Vaccination report Assam 1874-1896 - 1874-1896
Year: 1874
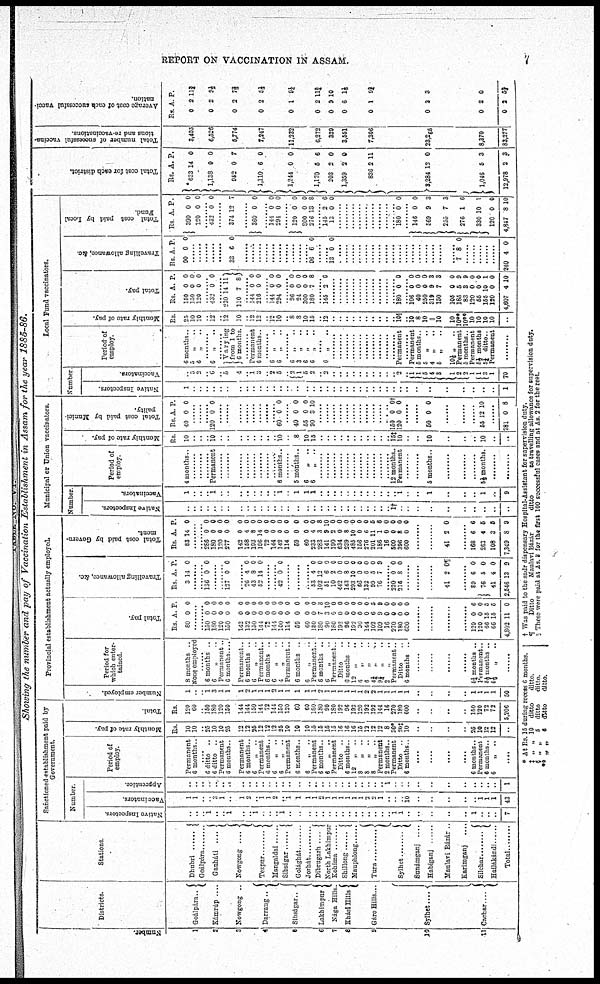
REPORT ON VACCINATION IN ASSAM.
7
Showing the number and pay of Vaccination Establishment in Assam for the year 1885-86.
Number.
1
2
3
4
5
6
7
8
9
10
11
Districts.
Goálpára..
Kámrúp ....
Kowgong ..
Darrang..
Sibságar..
Lakhimpur
Nága Hills.
Khási Hills
Gáro Hills....
Sylhet....
Cachar ...
Stations.
Dhubri ......
Goálpára
Gauháli
....
Nowgong ....
Tezpur ........
Mangaldai
Sibságar ........
Golághát ........
Jorhát
Dibrugarh
....
North Lakhimpur
Kohima
Shillong ......
Mauphlong
Tura ..........
Sylhet ........
Sunámganj ....
Habiganj
Maulavi Bázar .
Karimganj ....
Silchar ........
Hallákándi
Total ........
Sanctioned establishment paid by
Government.
Number.
Native Inspectors
..
..
.. 1
..
.. 1
..
.. 1
.. ..
.. 1
..
..
..
..
..
..
..
..
..
..
..
..
..
..
..
1 1
..
..
..
..
..
1
..
..
..
7
Vaccinators
1
1
..
.. 3 1
..
1
2
.. 1
1
2
.. 1
1
1
1
2
1
1
1
1
1
1
2
2
1
..
..
.. 10
..
..
..
..
.. 1
1
1
43
Apprentice.
..
..
..
..
..
..
..
..
..
..
..
..
..
..
..
..
..
..
..
..
..
..
..
..
..
..
.. .. 1
..
..
..
..
..
..
..
..
..
..
..
1
Period of
employ.
Permanent
6 months..
....
6 ditto ..
6 ditto ..
Permanent
6 months..
Permanent
6 months..
6
„ ..
Permanent
6 months..
6
„ ..
6
„ ..
Permanent
6 months..
6
„ ..
Permanent
6 months..
6 „ ..
Permanent
Ditto ..
6 months..
12 „ ..
8
„ ..
8
„ ..
8
„ ..
Permanent
2 months..
Permanent
Ditto ..
6 months..
....
....
....
....
6 months..
Permanent
6 months..
6
„ ..
....
Monthly rate of pay.
Rs.
10
10
..
25
10
10
25
12
12
25
12
12
12
25
10
10
10
15
15
15
15
16
16
16
15
12
12
12
8
30*
20‡
10
..
..
..
..
25
10
12
12
..
Total.
Rs
120
60
.. 150
180
120
150
144
141
150
144
72
144
150
120
60
60
180
180
90
180
192
96
192
120
192
192
144
16
270
180
600
..
..
..
..
150
120
72
72
5,206
Provincial establishment actually employed.
Number employed.
1
..
.. 1
3
1
1
1
2
1
1
1
2
1
1
1
1
1
2
1
1
1
1
1
1
2
2
1
1
1
1
1
..
..
..
..
1
1
1
1
50
Period for
which enter-
tained.
8 months ..
None employed
...... 6 months ..
6
„
..
Permanent..
6 months....
Permanent..
6 months ..
6
„ ..
Permanent..
6 months ..
6 „ ..
4 „ ..
Permanent..
6 months ..
6
Permanent .
6 months ..
6
„ ..
Permanent..
Ditto ..
6 months ..
12 „ ..
6
„ ..
6
„ ..
4¼ „ ..
9¼ „ ..
2
„
..
Permanent..
Ditto ..
6 months ..
........
........
........
......
5¼ months ..
Permanent..
5½ months ..
6½
„ ..
........
Total pay.
Rs.
80
A.
0
P
0
........
........ 150
180
120
150
142
132
150
144
72
144
100
114
59
60
180
180
90
180
192
96
192
30
144
102
109
16
270
180
600
0
0
0
0
0
0
0
0
0
0
0
0
0
0
0
7
3
0
0
0
0
0
0
6
9
0
0
0
0
0
0
0
0
0
0
0
0
0
0
0
0
0
0
0
8
10
0
0
0
0
0
0
5
9
0
0
0
0
........
........
........
........
129
120
66
66
4,802
0
0
15
15
11
6
0
5
5
0
Travelling allowance, &c.
Rs
3
A.
14
P.
0
........
........ 136 0 0
........
........ 127 0 0
........
26
43
52
4
8
14
0
0
0
........
........ 42 0 0
........
........
........ 53
102
51
10
442
143
293
66
132
99
76
4
12
6
2
0
8
10
0
6
5
7
0
0
0
0
0
0
0
0
0
0
9
........ 230
216
0
8
0
0
........
........
......
41 2 0¶
........
39
76
41
2,546
6
5
4
13
0
0
0
9
Total cost paid by Govern-
ment.
Rs
83
A.
14
P.
0
........
........ 286
180
120
277
142
158
193
196
72
144
142
114
59
60
233
283
141
190
634
239
485
156
276
201
186
16
500
396
600
0
0
0
0
0
4
8
14
0
0
0
0
0
0
4
3
9
2
0
8
10
0
6
11
1
0
0
8
0
0
0
0
0
0
0
0
0
0
0
0
0
0
0
0
8
10
0
0
0
0
0
0
5
8
0
0
0
0
41 2 0
168
263
108
7,349
6
4
3
8
6
5
5
9
Municipal or Union vaccinators.
Number
Native Inspectors.
..
..
..
..
..
..
..
..
..
..
.. ..
..
..
..
..
..
..
..
..
..
..
..
..
..
..
.. ..
.. 1†
..
..
..
..
..
..
..
..
..
..
..
Vaccinators.
1
..
..
.. 1
..
..
...
..
..
.. ..
.. 1
..
1
1
1
..
..
..
..
..
..
..
..
.. ..
..
.. 1
..
..
1
..
..
..
..
1
..
9
Period of
employ.
4 months.
........
........
........ Permanent
........
........
......
........
........ ........ .........
6 months..
........
5 months..
6
„ ..
6
„ ..
........
........
........
........
........
........
........
........
........ ........
........
12 months..
Permanent
........
5 months..
......
5½ months.
........
........
Monthly rate of pay.
Rs.
10
..
..
.. 10
..
..
..
..
..
..
..
.. 10
..
8
10
15
..
..
..
..
..
..
..
..
.. ..
..
15‡
10
..
..
10
..
..
..
10
..
..
Total cost paid by Munici-
pality.
Rs.
40
A.
0
P.
0
........
........
........ 120 0 0
........
........
........
........
........
........ ........
........
60 0 0
........
40
55
90
0
0
3
0
0
10
......
......
........
........
........
........
........
........
........ ........
........
150
120
0
0 o†
0
........
........
50 0 0
......
55 12 10
........
781 0 8
Local Fund vaccinators.
Number
Native Inspectors
1
..
..
..
..
..
..
..
..
..
.. ..
..
..
..
..
..
..
..
..
..
..
..
..
..
..
.. ..
..
..
..
..
..
..
..
..
..
..
..
..
1
Vaccinators.
..
3
2
.. 6
.. 5
4
.. 1 3
.. 2
5
.. 2 1
5
2
.. 2
..
..
..
..
..
..
.. ..
..
.. 2
..
1
1
5
4
3
1
2
2
1
1
3
1
70
Period of
employ.
6 months..
5
„ ..
6
„ ..
........ 6 „ ..
........ Valymg
from 1 to
6 months.
........ Permanent
6 months .
........
6 „
..
6 „
..
........ 6 „ ..
3 „
..
6 „ ..
6 „
..
..
6 „ ..
........
........
........
........
........
........ ........
........
........ Permanent
........ Permanent
5 months..
5 „ ..
4 „
5 „
..
10½ „ ..
Permanent
5 months..
Permanent
5½ months
5¼ ditto..
Permanent
........
Monthly rate of pay.
Rs
25
10
10
.. 12
.. 12
10
.. 12
12
..
12
10
.. 8
8
10
15
..
12
..
..
..
..
..
..
.. ..
..
..
10§
.. 10
8
10
||
10
10
10**
10**
10
10
10
10
..
Total pay.
Rs.
150
150
120
A.
0
0
0
P.
0
0
0
........ 432 0 0
........ 230
110
14
7
11
8
........ 141
216
0
0
0
0
........ 144
294
0
0
0
0
96
24
300
180
0
0
0
7
0
0
0
8
........
145 2 6
........
........
........
........
........
........
........ ........
........
........ 180 0 0
........ 106
40
250
319
150
105
185
83
120
55
155
120
4,607
0
0
0
9
7
0
5
3
0
0
10
0
4
0
0
0
3
3
0
9
9
0
0
1
0
10
Travelling allowance, &c.
Rs.
90
A.
0
P
0
........
........
........
........
........
33 6 0
........
........
........
........
........
........
........
........
........
........ 96 6 0
........
........
13 0 0
........
........
........
........
........
........ ........
........
........
........
........
........ ........
........
........ ......
........
7 8 0
........
........
........
........
........
240
4 0
Total cost paid by Local
Fund.
Rs
390
120
A.
0
0
P.
0
0
........ 432 0 0
........
374 12 7
........ 360 0 0
........ 144
294
0
0
0
0
........
120
300
276
0
0
13
0
0
8
........ 145
13
2
0
6
0
........
........
........
........
........
........ ........
........
........ 180 0 0
........
146
569
255
276
330
120
4,847
0
9
7
1
10
0
8
0
3
3
6
1
0
10
Total cost for each district.
Rs.
633
1,138
952
1,110
1,244
1,170
203
1,359
836
3,284
1,046
12,978
A.
14
0
0
6
0
5
2
2
2
13
5
2
P.
0
0
7
0
0
6
0
0
11
0
3
3
Total number of successful vaccina-
tions and re-vaccinations.
3,405
6,526
5,774
7,247
11,232
6,272
329
3,551
7,306
23,265
8,370
83,277
Average cost of each successful vacci-
nation.
Rs.
0
0
0
0
0
0
0
0
0
0
0
0
A.
2
2
2
2
1
2
9
6
1
2
2
2
P.
11½
9½
7 2/3
5½
9¼
11¾
10
1½
9¾
3
0
5½
* At Rs. 16 during recess 6 months.
‡ „ „ 10 ditto
ditto.
§ „ „ 5 ditto
ditto.
**„ „
6 ditto
ditto.
† Was paid to the sadr dispensary Hospital-Assistant for supervision duty.
¶
Ditto
Maulavi Bázár
ditto
as travelling allowance for supervision duty.
|| These were paid at As. 3 for the first 100 successful cases and at As 2 for the rest.